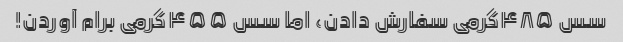
سس ۴۸۵گرمی سفارش دادن، اما سس ۴۵۵گرمی برام آوردن!